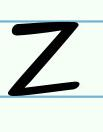
z